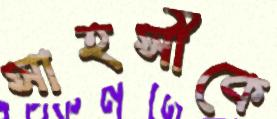
সাহসীকে